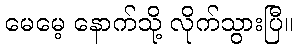
မေမေ့ နောက်သို့ လိုက်သွားပြီ။